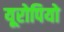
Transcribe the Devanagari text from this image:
यूरोपियो